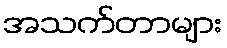
အသက်တာများ